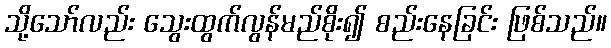
သို့သော်လည်း သွေးထွက်လွန်မည်စိုး၍ စည်းနေခြင်း ဖြစ်သည်။